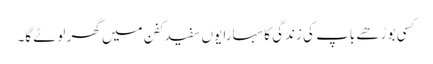
کسی بوڑھے باپ کی زندگی کا سہارا یوں سفید کفن میں گھر لوٹے گا۔